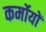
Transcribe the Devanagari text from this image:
कर्मोयों